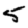
Digit: 5